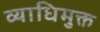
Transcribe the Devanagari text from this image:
व्याधिमुक्त